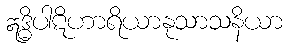
ဣဒ္ဓိပါဋိဟာရိယာနုသာသနိယာ